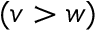
( v > w )